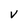
Character: v